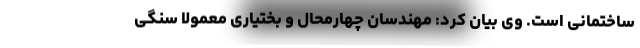
ساختمانی است. وی بیان کرد: مهندسان چهارمحال و بختیاری معمولا سنگی